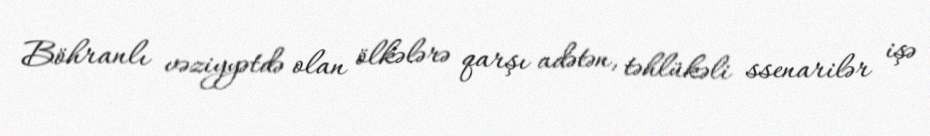
Böhranlı vəziyyətdə olan ölkələrə qarşı adətən, təhlükəli ssenarilər işə